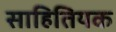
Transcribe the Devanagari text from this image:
साहितियक